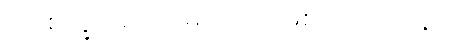
(၁) စက္ခုရောဂ- မျက်စိ၌ ဖြစ်သော အနာ။